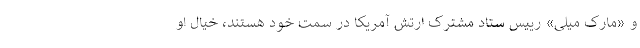
و «مارک میلی» رییس ستاد مشترک ارتش آمریکا در سمت خود هستند، خیال او